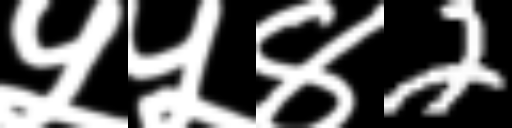
Text: ५५४2